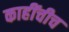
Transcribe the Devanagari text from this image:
काहींचीच